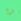
بهذا